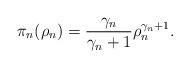
LaTeX: \begin{align*} \pi_{n}(\rho_{n}) = \frac{\gamma_{n}}{\gamma_{n}+1}\rho_{n}^{\gamma_{n}+1} .\end{align*}